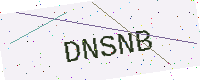
Text: DNSNB